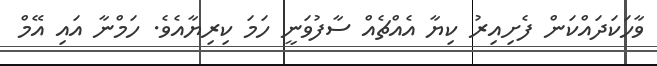
ވާހަކަދައްކަން ފެށިއިރު ކިޔާ އެއްޗެއް ސާފުވަނީ ހަމަ ކިރިޔާއެވެ. ހަމްނާ އައި އޭމް